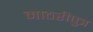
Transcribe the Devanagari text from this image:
माठरीपुत्र